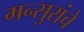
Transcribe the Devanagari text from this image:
मन्सुरांचे